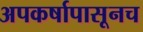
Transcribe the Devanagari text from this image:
अपकर्षापासूनच